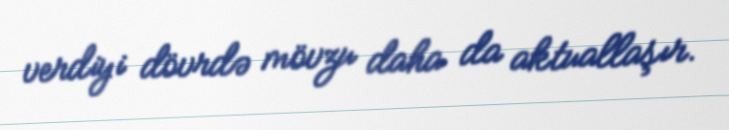
verdiyi dövrdə mövzu daha da aktuallaşır.